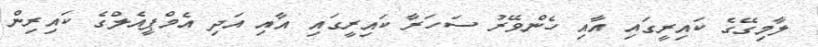
ލާމިގޭގެ ކައިރީގައި އާއި ހެންވޭރު ސަހަރާ ކައިރީގައި އާއި އަދި އެމްޕީއެލްގެ ކައިރިން